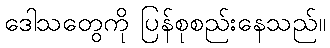
ဒေါသတွေကို ပြန်စုစည်းနေသည်။